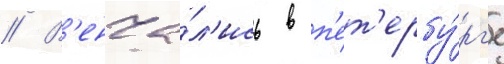
// В'енча́л'ись в п'ет'ербу́рг'е